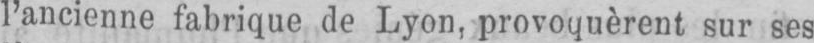
l’ancienne fabrique de Lyon, provoquèrent sur ses